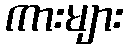
ကားများ